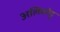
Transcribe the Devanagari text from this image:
अलिकोट्ट